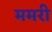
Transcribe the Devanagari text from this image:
ममरी